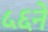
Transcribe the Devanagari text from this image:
५६ने